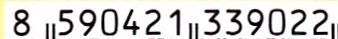
8 590421 339022